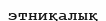
этниқалық